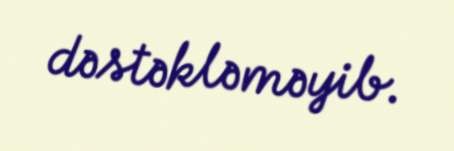
dəstəkləməyib.